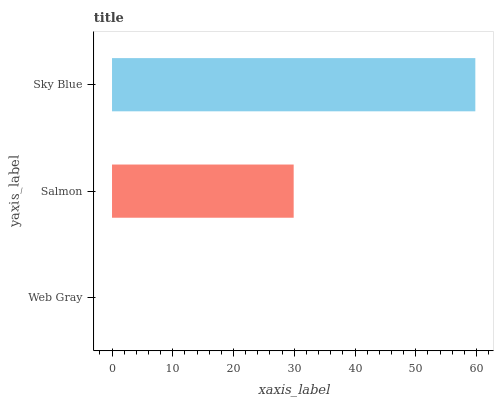
| yaxis_label | bars |
 | --- | --- |
 | Web Gray | 0 |
 | Salmon | 29.9 |
 | Sky Blue | 59.8 |